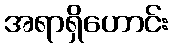
အရာရှိဟောင်း